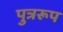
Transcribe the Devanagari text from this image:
पुत्ररूप